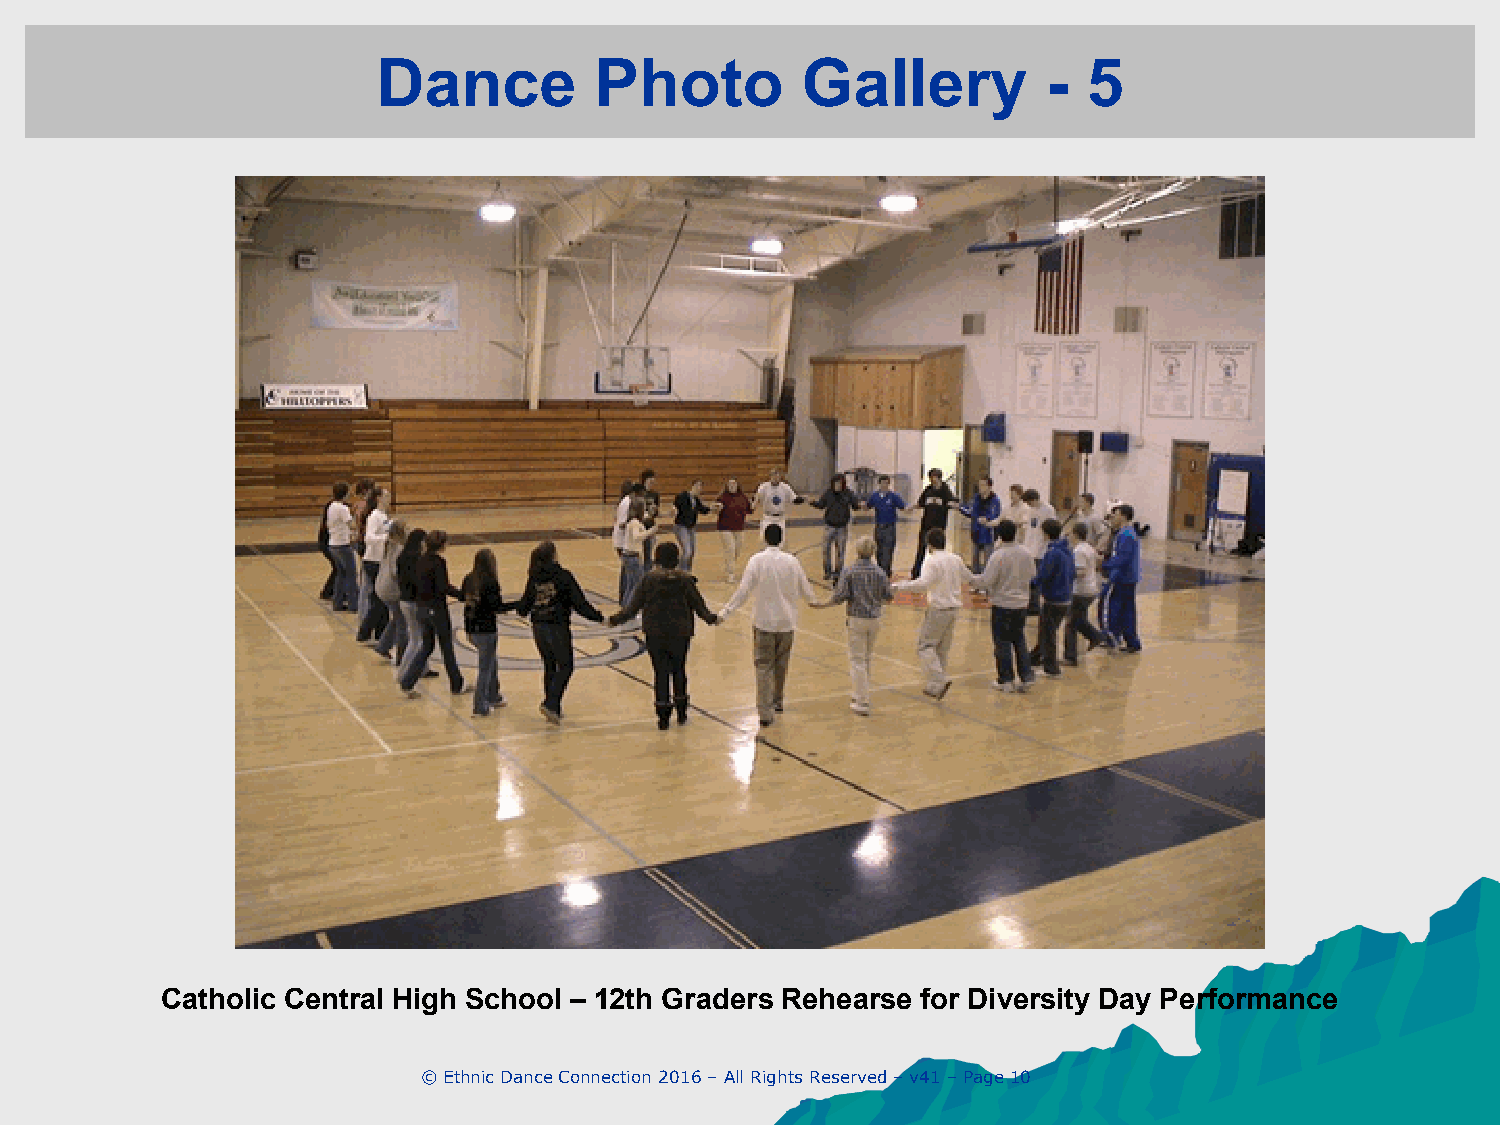
Dance         Photo         Gallery         -  5
 Catholic Central High School – 12th Graders Rehearse for Diversity Day Performance
 © Ethnic Dance Connection 2016 – All Rights Reserved – v41 – Page 10